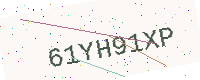
Text: 61YH91XP